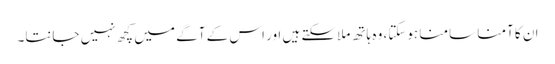
ان کا آمنا سامنا ہوسکتا، وہ ہاتھ ملاسکتے ہیں اور اس کے آگے میں کچھ نہیں جانتا۔